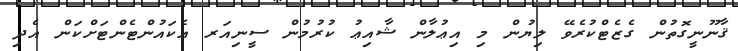
ޤާނޫނީގޮތުން ގެޒެޓްކުރެވޭ ލިޔުން މި އިޢުލާން ޝާއިޢު ކުރުމުން ސީނިއަރ އެކައުންޓެންޓަށްކަން އެދި